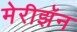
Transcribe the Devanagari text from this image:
मेरीझॅन